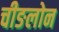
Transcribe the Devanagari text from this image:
चीङलोन